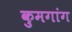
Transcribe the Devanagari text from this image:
कुमगांग